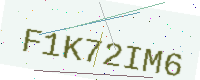
Text: F1K72IM6